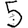
Digit: 5